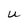
Character: U